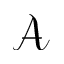
\mathcal { A }